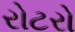
રોટરો